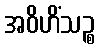
အဝိဟိံသဉ္စ